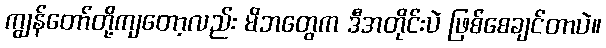
ကျွန်တော်တို့ကျတော့လည်း မိဘတွေက ဒီအတိုင်းပဲ ဖြစ်စေချင်တာပဲ။